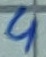
Text: 4